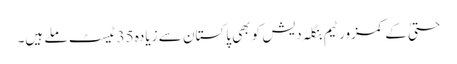
حتیٰ کے کمزور ٹیم بنگلہ دیش کو بھی پاکستان سے زیادہ 35 ٹیسٹ ملے ہیں۔